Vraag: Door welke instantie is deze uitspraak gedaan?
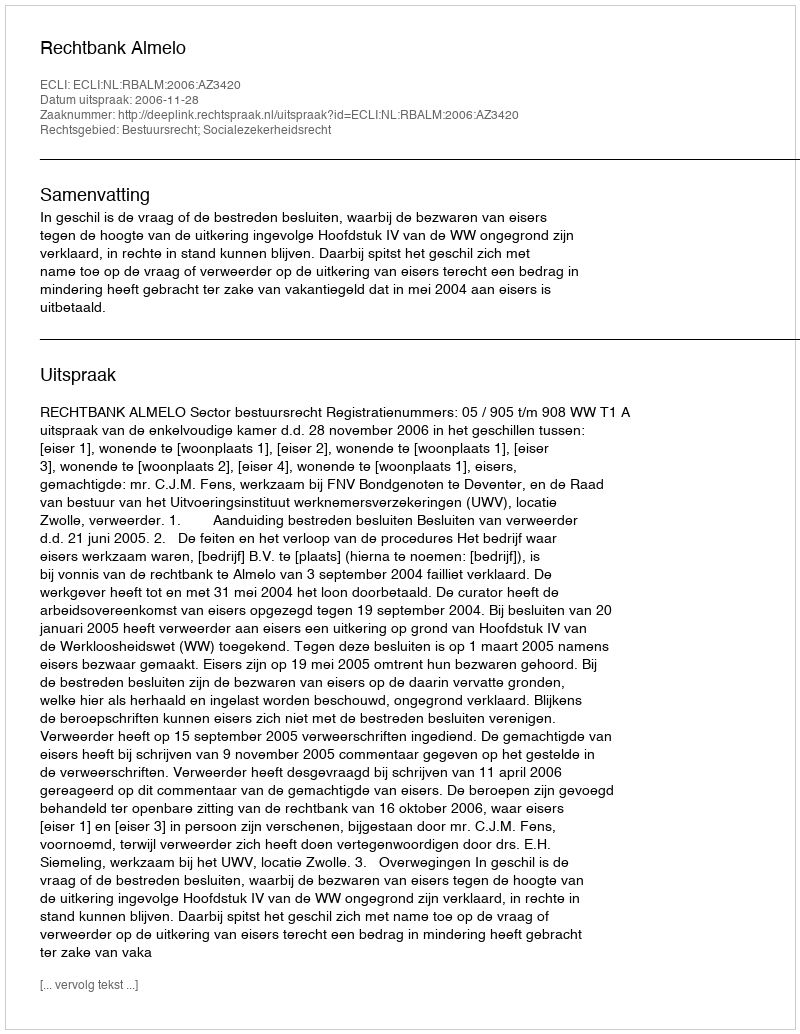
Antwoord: Rechtbank Almelo